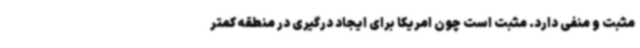
مثبت و منفی دارد. مثبت است چون امریکا برای ایجاد درگیری در منطقه کمتر